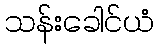
သန်းခေါင်ယံ